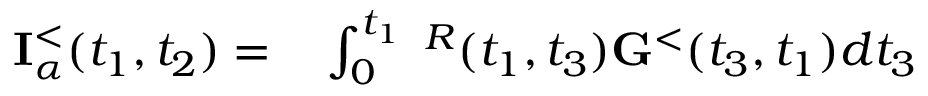
\begin{array} { r l } { { \bf I } _ { \alpha } ^ { < } ( t _ { 1 } , t _ { 2 } ) = } & { { } \int _ { 0 } ^ { t _ { 1 } } { \bf \Sigma } ^ { R } ( t _ { 1 } , t _ { 3 } ) { \bf G } ^ { < } ( t _ { 3 } , t _ { 1 } ) d t _ { 3 } } \end{array}